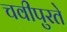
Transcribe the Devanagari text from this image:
चवीपुरते